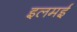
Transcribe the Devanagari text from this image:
इलमई